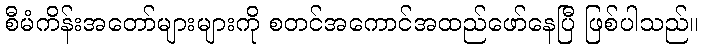
စီမံကိန်းအတော်များများကို စတင်အကောင်အထည်ဖော်နေပြီ ဖြစ်ပါသည်။